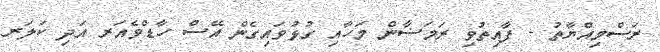
ރަސްމިއްޔާތު - ފާއިތުވި ރަމަޟާން މަހާއި ގުޅުވައިގެން އޭސް ހާޑްވެއަރ އަދި ކަލަރ